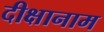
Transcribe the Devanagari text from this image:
दीक्षानाम